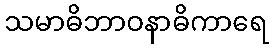
သမာဓိဘာဝနာဓိကာရေ